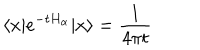
\langle x \vert e ^ { - t H _ { \alpha } } \vert x \rangle = \frac { 1 } { 4 \pi t }